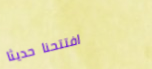
افتتحنا حديثاً